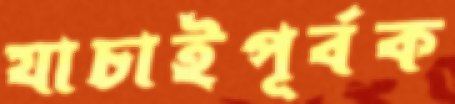
যাচাইপূর্বক